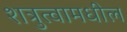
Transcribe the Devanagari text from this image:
शत्रुत्वामधील